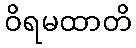
ဝိရမထာတိ